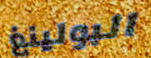
البولينغ